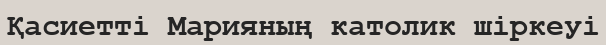
Қасиетті Марияның католик шіркеуі